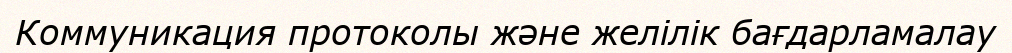
Коммуникация протоколы және желілік бағдарламалау